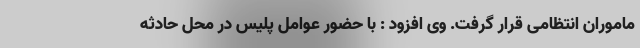
ماموران انتظامی قرار گرفت. وی افزود : با حضور عوامل پلیس در محل حادثه